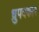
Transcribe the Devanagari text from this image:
ध्रुपदकार